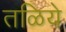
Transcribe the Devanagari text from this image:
तळिये